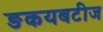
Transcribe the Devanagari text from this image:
ङकयबटीज